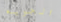
الجويه